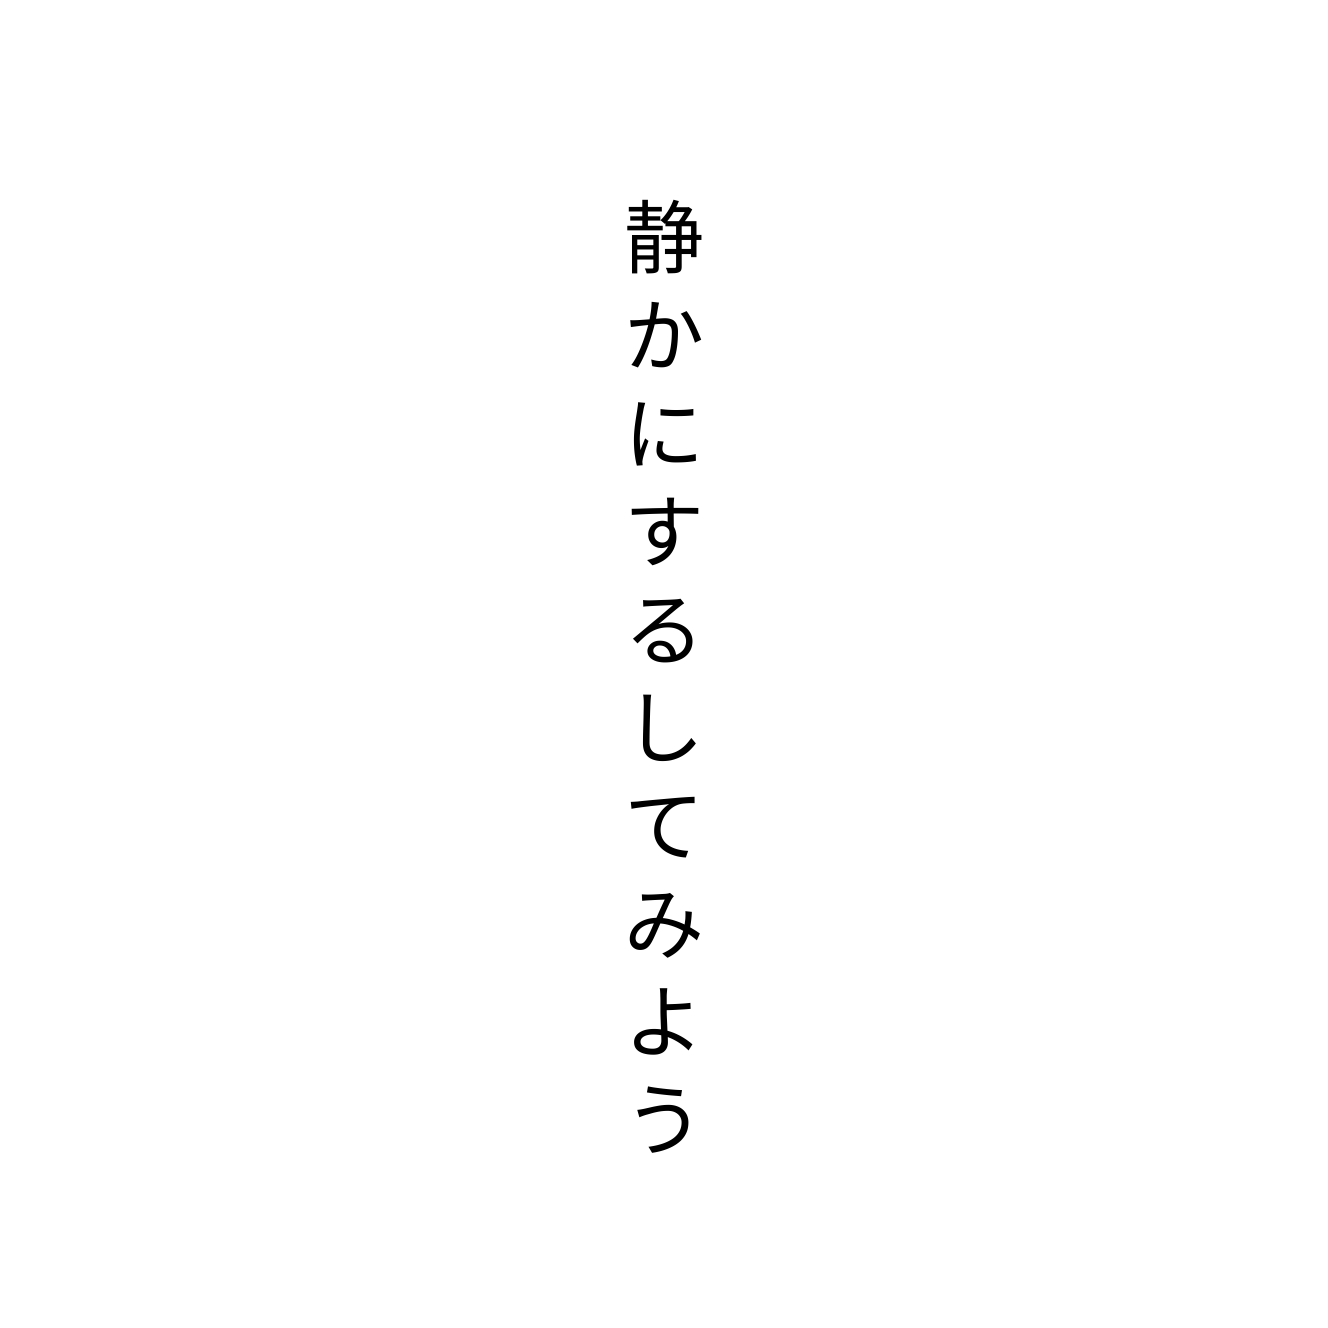
静かにするしてみよう